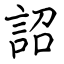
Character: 詔